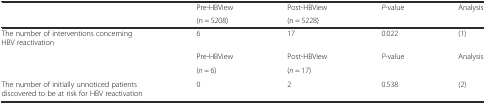
<table><thead><tr><td rowspan="2"></td><td><b>Pre-HBView</b></td><td><b>Post-HBView</b></td><td rowspan="2"><b><i>P</i>-value</b></td><td rowspan="2"><b>Analysis</b></td></tr><tr><td><b>(n = 5208)</b></td><td><b>(n = 5228)</b></td></tr></thead><tbody><tr><td>The number of interventions concerning HBV reactivation</td><td>6</td><td>17</td><td>0.022</td><td>(1)</td></tr><tr><td rowspan="2"></td><td>Pre-HBView</td><td>Post-HBView</td><td rowspan="2"><i>P</i>-value</td><td rowspan="2">Analysis</td></tr><tr><td>(<i>n</i> = 6)</td><td>(<i>n</i> = 17)</td></tr><tr><td>The number of initially unnoticed patients discovered to be at risk for HBV reactivation</td><td>0</td><td>2</td><td>0.538</td><td>(2)</td></tr></tbody></table>